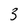
Character: 3